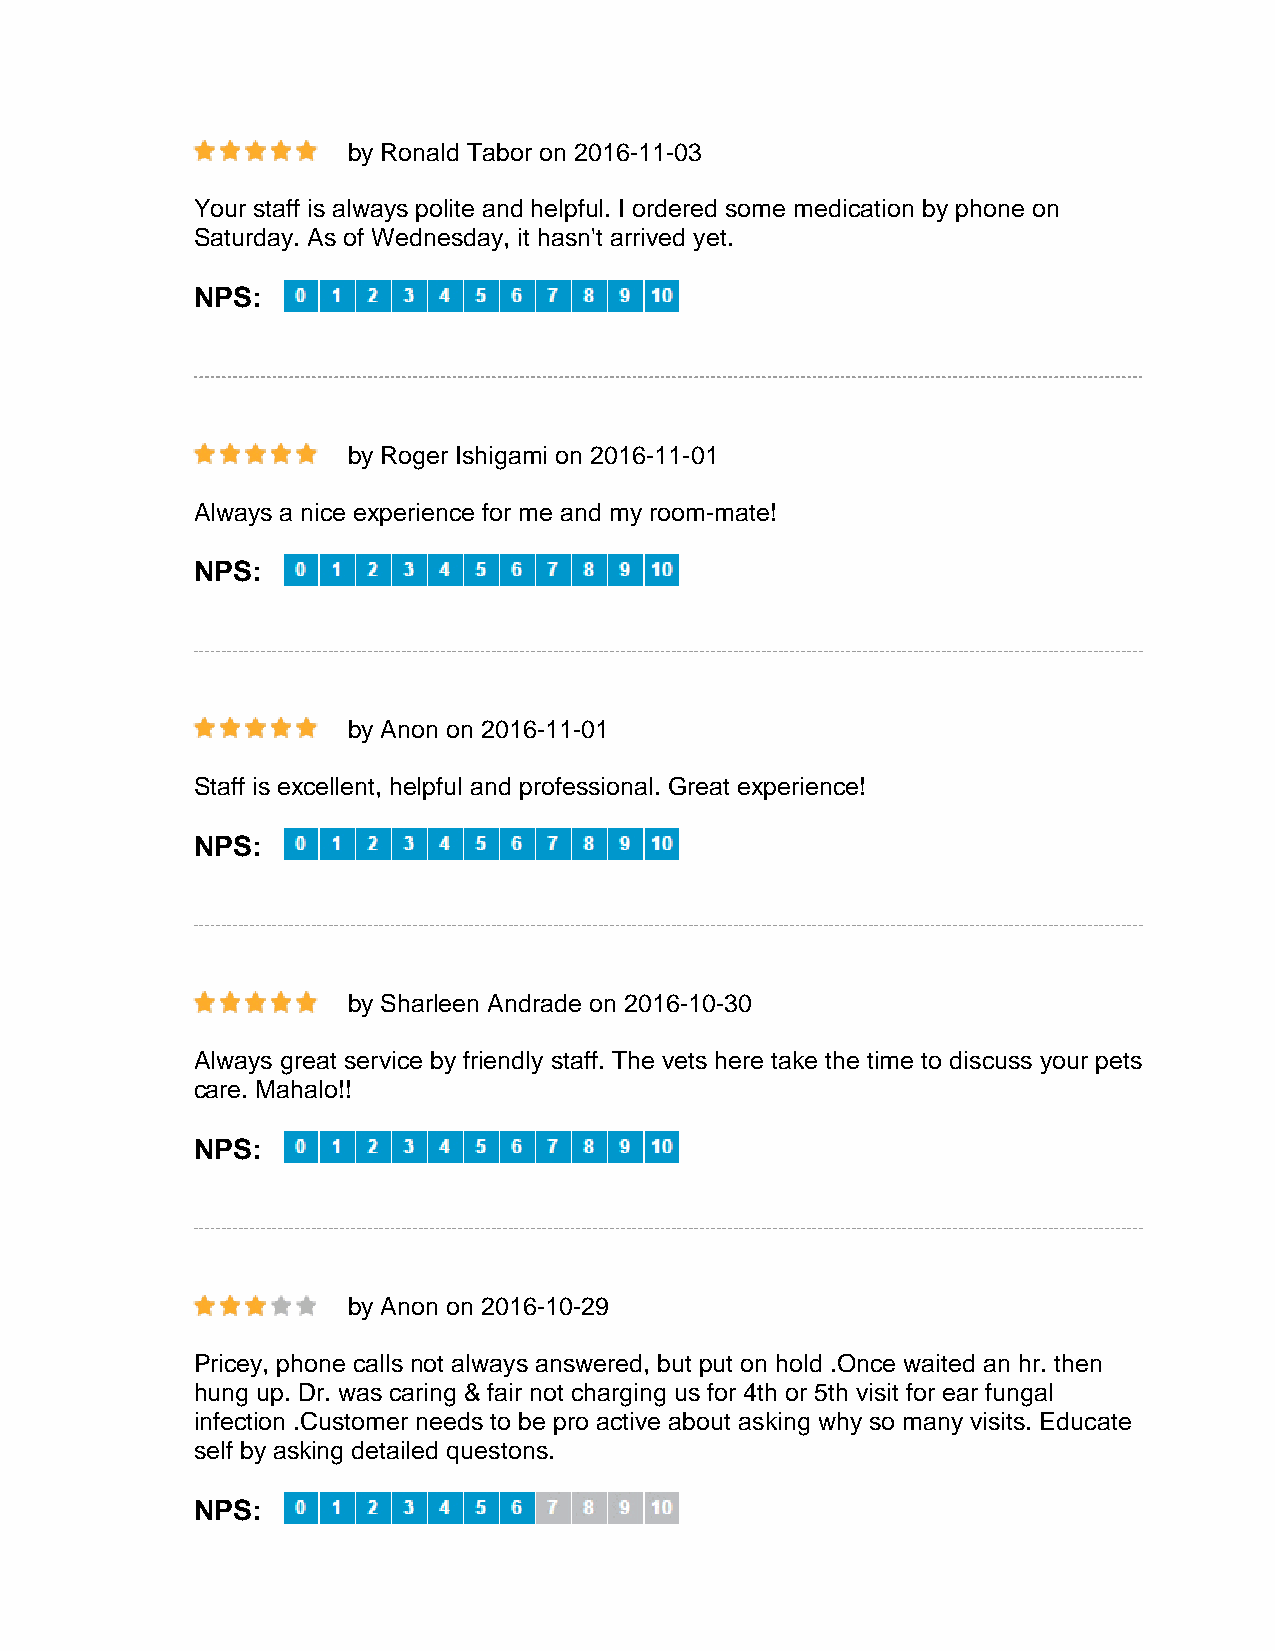
by Ronald Tabor on 2016-11-03
 Your staff is always polite and helpful. I ordered some medication by phone on
 Saturday. As of Wednesday, it hasn't arrived yet.
 NPS:
 by Roger Ishigami on 2016-11-01
 Always a nice experience for me and my room-mate!
 NPS:
 by Anon on 2016-11-01
 Staff is excellent, helpful and professional. Great experience!
 NPS:
 by Sharleen Andrade on 2016-10-30
 Always great service by friendly staff. The vets here take the time to discuss your pets
 care. Mahalo!!
 NPS:
 by Anon on 2016-10-29
 Pricey, phone calls not always answered, but put on hold .Once waited an hr. then
 hung up. Dr. was caring & fair not charging us for 4th or 5th visit for ear fungal
 infection .Customer needs to be pro active about asking why so many visits. Educate
 self by asking detailed questons.
 NPS: